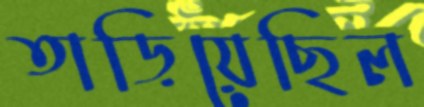
তাড়িয়েছিল